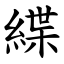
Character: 緤